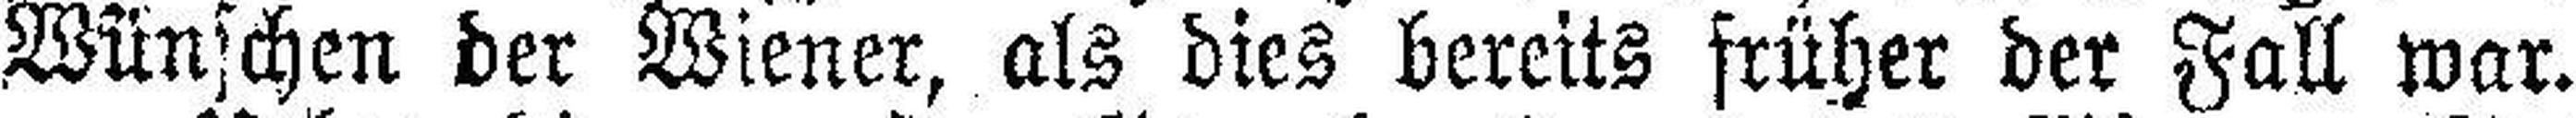
Wünschen der Wiener, als dies bereits früher der Fall war.